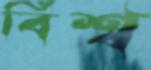
বিশ্ব